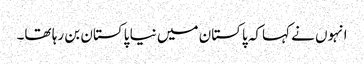
انہوں نے کہاکہ پاکستان میں نیا پاکستان بن رہا تھا۔